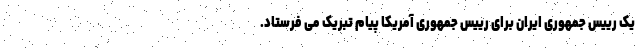
یک رییس جمهوری ایران برای رییس جمهوری آمریکا پیام تبریک می فرستاد.